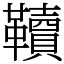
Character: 韇